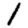
Digit: 1